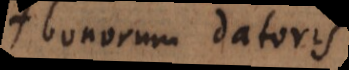
bonorum datoris